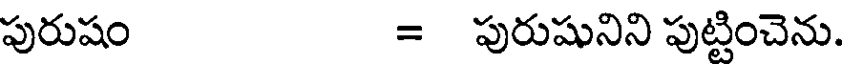
పురుషం = పురుషునిని పుట్టించెను.